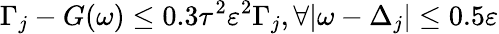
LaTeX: \Gamma_{j}-G(\omega)\leq 0.3\tau^{2}\varepsilon^{2}\Gamma_{j},\forall|\omega-\Delta_{j}|\leq 0.5\varepsilon